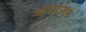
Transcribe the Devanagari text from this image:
आनंदनाम